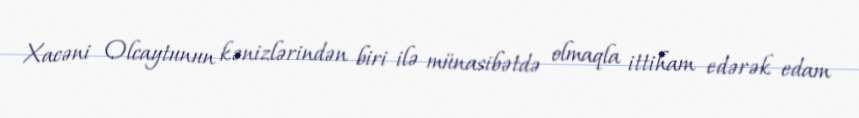
Xacəni Olcaytunun kənizlərindən biri ilə münasibətdə olmaqla ittiham edərək edam